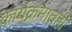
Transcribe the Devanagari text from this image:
कार्यक्रमातही